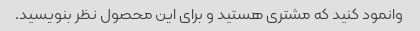
وانمود کنید که مشتری هستید و برای این محصول نظر بنویسید.